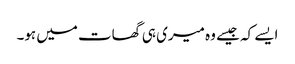
ایسے کہ جیسے وہ میری ہی گھات میں ہو۔